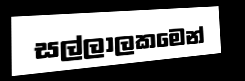
සල්ලාලකමෙන්